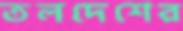
তলদেশের